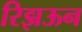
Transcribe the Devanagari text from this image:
रिझऊन